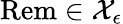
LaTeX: \mathrm{Rem}\in\mathcal{X}_{\epsilon}